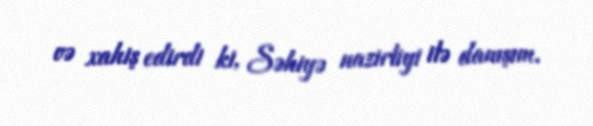
və xahiş edirdi ki, Səhiyə nazirliyi ilə danışım.